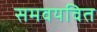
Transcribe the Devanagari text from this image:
समवयवित